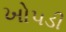
ખોપડી